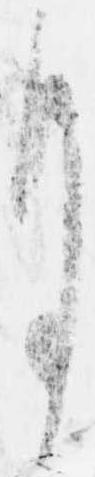
月